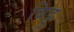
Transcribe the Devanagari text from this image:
बिट्टु